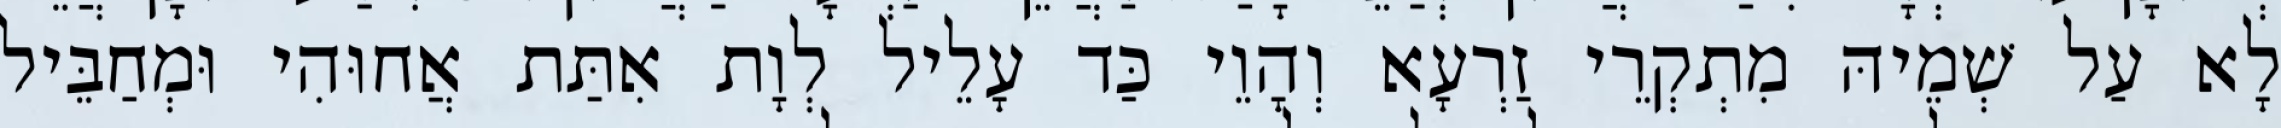
לָא עַל שְׁמֵיהּ מִתְקְרֵי זַרְעָא וְהָוֵי כַּד עָלֵיל לְוָת אִתַּת אֲחוּהִי וּמְחַבֵּיל